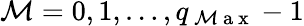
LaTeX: \mathcal{M}=0,1,\ldots,q_{\mathrm{{~\mathcal{M}~a~x~}}}-1